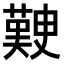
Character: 𭀃